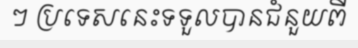
ៗ ប្រទេសនេះទទួលបានជំនួយពី